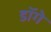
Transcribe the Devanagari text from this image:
डॉगे